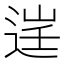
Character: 𨓒